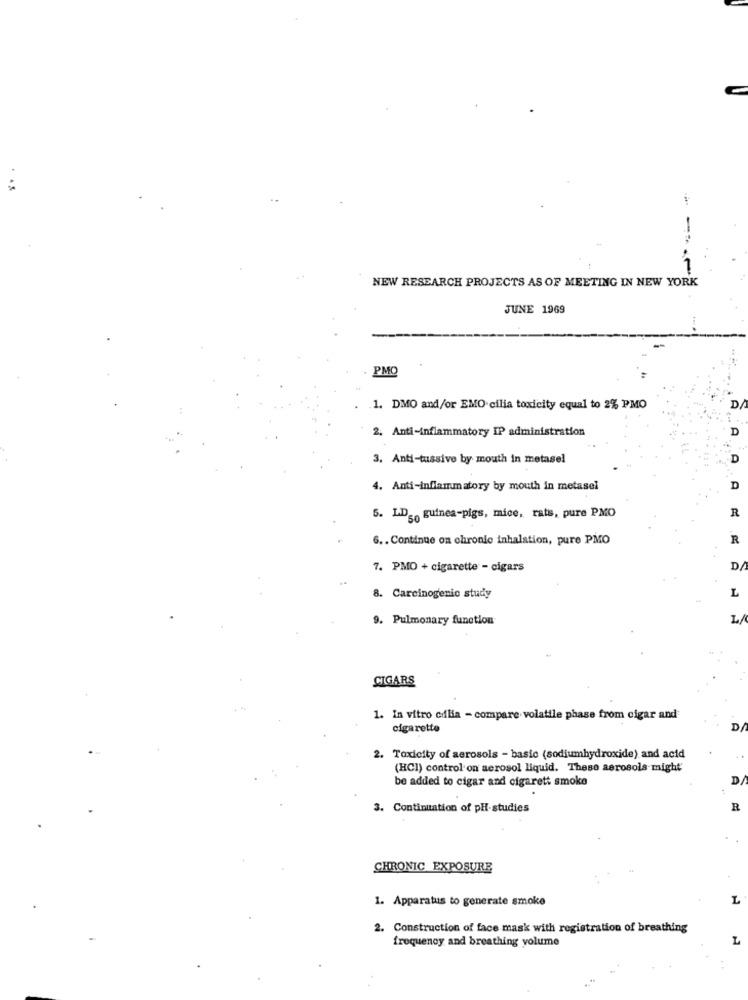
C
. .
NEW RESEARCH PROJECTS AS OF MEETING IN NEW YORK
JUNE 1969
PMQ
1. DMO and/or EMO- cilia toxicity equal to 2% PMO
D
2. Anti-inflammatory IP administration
D
3. Anti-tussive by mouth in metasel
D
.. A. A.
4. Anti-inflammatory by mouth in metasel
D
R
5. LDg. guinea-pigs, mice, rats, pure PMO
6. . Continue on chronic inhalation, pure PMO
R
7. PMO + cigarette - cigars
D/
8. Carcinogenic study
9. Pulmonary function
CIGARS
1. In vitro cdlia - compare volatile phase from cigar and
cigarette
2. Toxicity of aerosols - basic (sodiumhydroxide) and acid
(HCI) control on aerosol liquid. These aerosols might'
be added to cigar and cigarett smoke
3. Continuation of pH-studies
R
CHRONIC EXPOSURE
1. Apparatus to generate smoke
L
2. Construction of face mask with registration of breathing
frequency and breathing volume
L
..